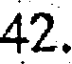
42.